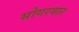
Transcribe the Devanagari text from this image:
सोगरवार